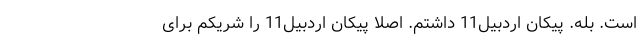
است. بله. پیکان اردبیل11 داشتم. اصلا پیکان اردبیل11 را شریکم برای